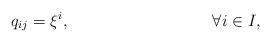
LaTeX: \begin{align*}q_{ij}&=\xi^i, &\forall i\in I,\end{align*}